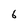
Character: 6